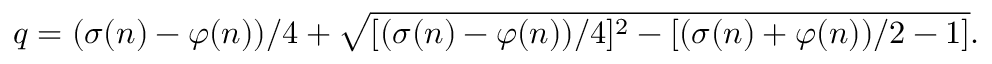
q = ( \sigma ( n ) - \varphi ( n ) ) / 4 + { \sqrt { [ ( \sigma ( n ) - \varphi ( n ) ) / 4 ] ^ { 2 } - [ ( \sigma ( n ) + \varphi ( n ) ) / 2 - 1 ] } } .